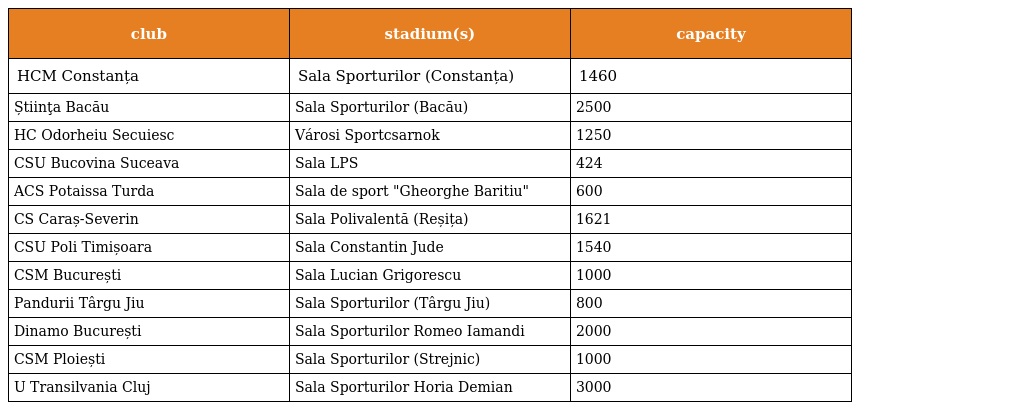
| club | stadium(s) | capacity |
 | --- | --- | --- |
 | HCM Constanța | Sala Sporturilor (Constanța) | 1460 |
 | Știinţa Bacău | Sala Sporturilor (Bacău) | 2500 |
 | HC Odorheiu Secuiesc | Városi Sportcsarnok | 1250 |
 | CSU Bucovina Suceava | Sala LPS | 424 |
 | ACS Potaissa Turda | Sala de sport "Gheorghe Baritiu" | 600 |
 | CS Caraș-Severin | Sala Polivalentă (Reșița) | 1621 |
 | CSU Poli Timișoara | Sala Constantin Jude | 1540 |
 | CSM București | Sala Lucian Grigorescu | 1000 |
 | Pandurii Târgu Jiu | Sala Sporturilor (Târgu Jiu) | 800 |
 | Dinamo București | Sala Sporturilor Romeo Iamandi | 2000 |
 | CSM Ploiești | Sala Sporturilor (Strejnic) | 1000 |
 | U Transilvania Cluj | Sala Sporturilor Horia Demian | 3000 |